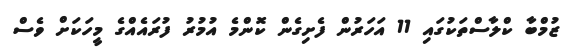
ޒުމްބާ ކްލާސްތަކުގައި 11 އަހަރުން ފެށިގެން ކޮންމެ އުމުރު ފުރައެއްގެ މީހަކަށް ވެސް